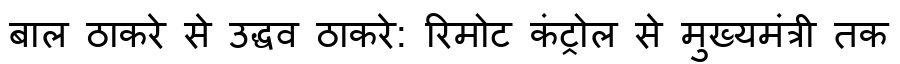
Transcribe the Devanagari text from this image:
बाल ठाकरे से उद्धव ठाकरे: रिमोट कंट्रोल से मुख्यमंत्री तक